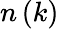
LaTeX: n\left(k\right)